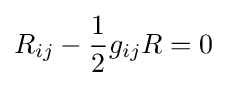
R_{ij}-{\frac {1}{2}}g_{ij}R=0